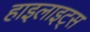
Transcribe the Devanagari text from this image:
हाइलाइट्स